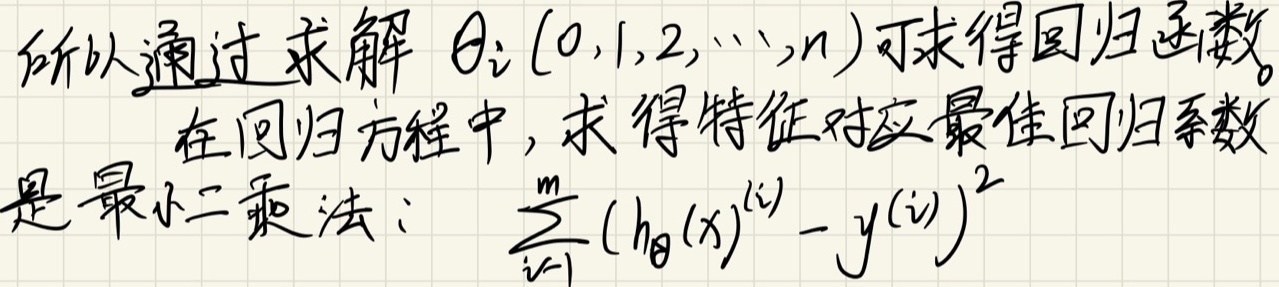
所以通过求解 $\theta_i (0,1,2,\cdots,n)$ 可求得回归函数。
在回归方程中，求得特征对应最佳回归系数
是最小二乘法：$\sum_{i = 1}^{m}(h_{\theta}(x)^{(i)}-y^{(i)})^2$